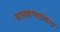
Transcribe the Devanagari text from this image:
चालकपक्षाघात